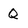
Character: Q